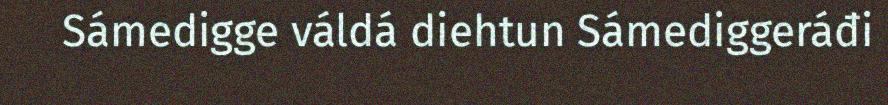
Sámedigge váldá diehtun Sámediggeráđi